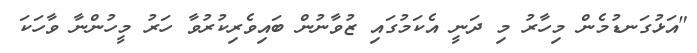
"އަޅުގަނޑުމެން މިހާރު މި ދަނީ އެކަމުގައި ޒުވާނުން ބައިވެރިކުރުވާ ހަރު މީހުންނާ ވާހަކަ